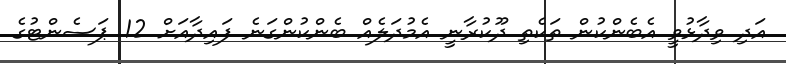
އަދި ވިދާޅުވީ އެބެންކުން ތަކެތި ދޫކުރާނީ އެމުދަލެއް ބެންކުންގަނެ ފައިދާއަށް 12 ޕަސެންޓުގެ